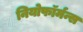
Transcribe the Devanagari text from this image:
नियोफॉर्मन्स